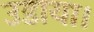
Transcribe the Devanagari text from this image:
उडाया।